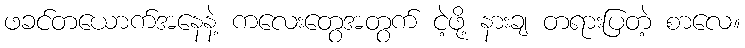
ဖခင်တယောက်အနေနဲ့ ကလေးတွေအတွက် ငဲ့ဖို့ နားချ တရားပြတဲ့ စာလေ။